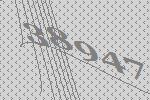
38947